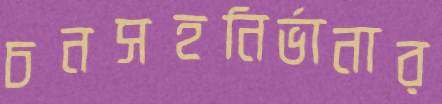
চনসহনির্ভানার